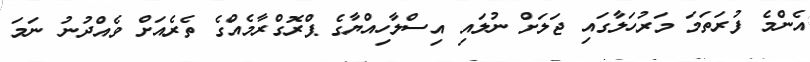
އެންމެ ފުރަތަމަ މަރުހަލާގައި ޖަލަށް ނުލައި އިސްލާހިއްޔާގެ ޕްރޮގްރާމެއްގެ ތެރެއަށް ވެއްދުނު ނަމަ